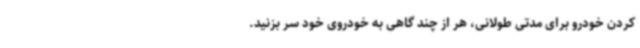
کردن خودرو برای مدتی طولانی، هر از چند گاهی به خودروی خود سر بزنید.